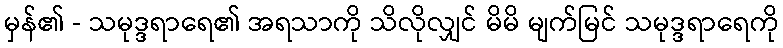
မှန်၏ - သမုဒ္ဒရာရေ၏ အရသာကို သိလိုလျှင် မိမိ မျက်မြင် သမုဒ္ဒရာရေကို